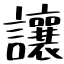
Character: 讓